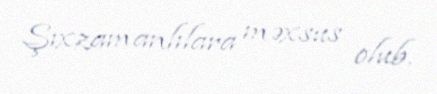
Şıxzamanlılara məxsus olub.